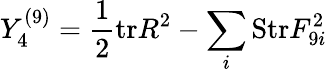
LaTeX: Y_{4}^{(9)}={\frac{1}{2}}\mathrm{tr}R^{2}-\sum_{i}\mathrm{Str}F_{9i}^{2}